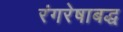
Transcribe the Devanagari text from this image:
रंगरेषाबद्ध